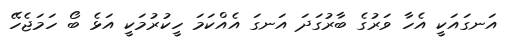
އަނގައަކީ އެހާ ވަރުގެ ބާރުގަދަ އަނގަ އެއްކަަމަ ހީކުރުމަކީ އަޅެ ބޯ ހަމަޖެހޭ